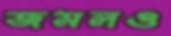
জমলও